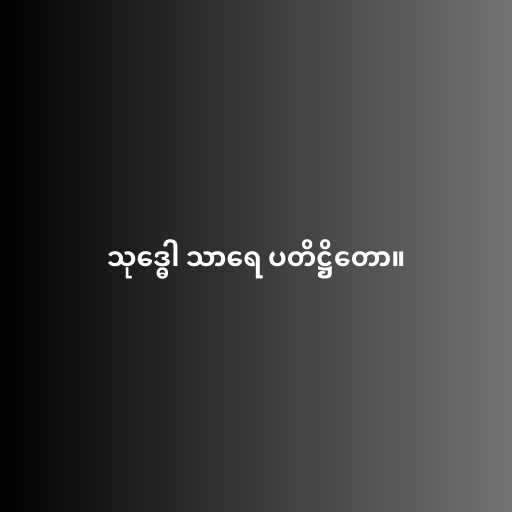
သုဒ္ဓေါ သာရေ ပတိဋ္ဌိတော။